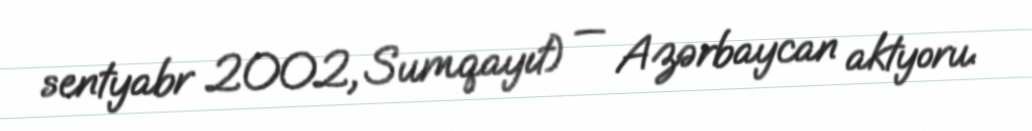
sentyabr 2002, Sumqayıt) — Azərbaycan aktyoru.